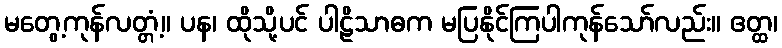
မတွေ့ကုန်လတ္တံ့။ ပန၊ ထိုသို့ပင် ပါဠိသာဓက မပြနိုင်ကြပါကုန်သော်လည်း။ ဧတ္ထ၊